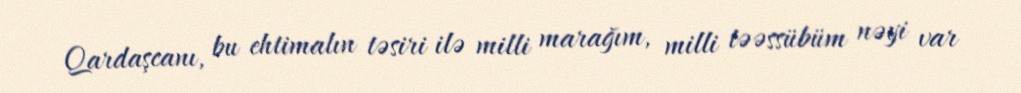
Qardaşcanı, bu ehtimalın təsiri ilə milli marağım, milli təəssübüm nəyi var